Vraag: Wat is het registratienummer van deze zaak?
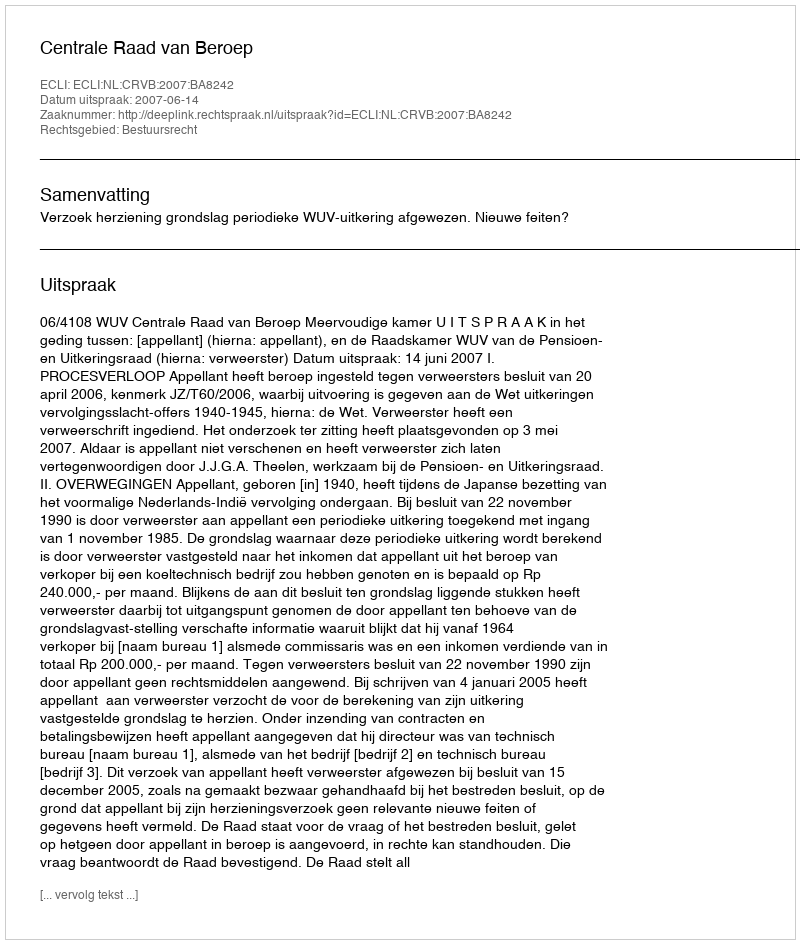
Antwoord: http://deeplink.rechtspraak.nl/uitspraak?id=ECLI:NL:CRVB:2007:BA8242